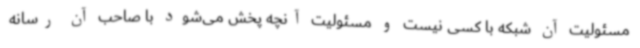
مسئولیت آن شبکه با کسی نیست و مسئولیت آنچه پخش می‌شود با صاحب آن رسانه